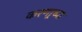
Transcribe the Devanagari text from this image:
करणार्‍च्या